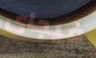
فيجاى